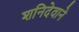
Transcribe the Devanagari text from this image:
शनिदेवाने